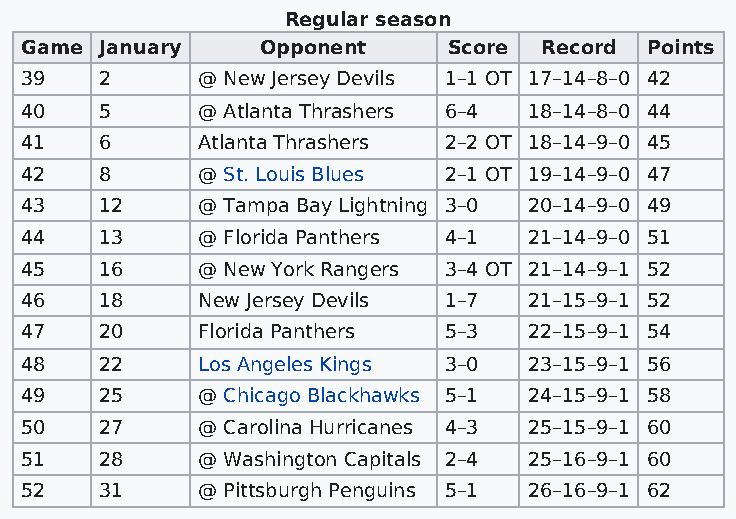
Regular season
 Game  January   Opponent     Score Record Points
 39    2     @ New Jersey Devils 1–1 OT 17–14–8–0 42
 40    5     @ Atlanta Thrashers 6–4 18–14–8–0 44
 41    6     Atlanta Thrashers 2–2 OT 18–14–9–0 45
 42    8     @ St. Louis Blues 2–1 OT 19–14–9–0 47
 43    12    @ Tampa Bay Lightning 3–0 20–14–9–0 49
 44    13    @ Florida Panthers 4–1 21–14–9–0 51
 45    16    @ New York Rangers 3–4 OT 21–14–9–1 52
 46    18    New Jersey Devils 1–7 21–15–9–1 52
 47    20    Florida Panthers 5–3  22–15–9–1 54
 48    22    Los Angeles Kings 3–0 23–15–9–1 56
 49    25    @ Chicago Blackhawks 5–1 24–15–9–1 58
 50    27    @ Carolina Hurricanes 4–3 25–15–9–1 60
 51    28    @ Washington Capitals 2–4 25–16–9–1 60
 52    31    @ Pittsburgh Penguins 5–1 26–16–9–1 62